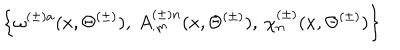
\left\{ \omega ^ { ( \pm ) a } ( x , \Theta ^ { ( \pm ) } ) , \: A _ { . m } ^ { ( \pm ) n } ( x , \Theta ^ { ( \pm ) } ) , \: \chi _ { n } ^ { ( \pm ) } ( x , \Theta ^ { ( \pm ) } ) \right\}